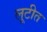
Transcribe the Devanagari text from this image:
लूटीत